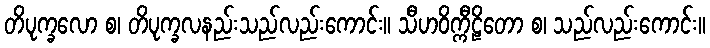
တိပုက္ခလော စ၊ တိပုက္ခလနည်းသည်လည်းကောင်း။ သီဟဝိက္ကီဠိတော စ၊ သည်လည်းကောင်း။